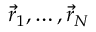
{ \vec { r } } _ { 1 } , \ldots , { \vec { r } } _ { N }